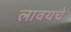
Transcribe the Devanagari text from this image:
लावयचे